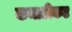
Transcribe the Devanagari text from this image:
कनाटीकट